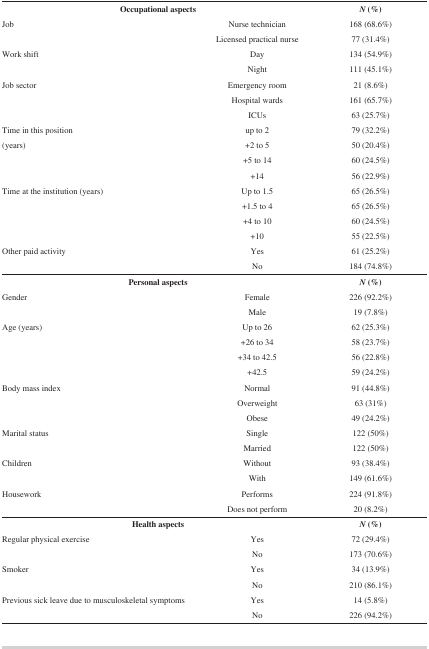
<table><thead><tr><td colspan="2"><b> Occupational aspects</b></td><td><b><i>N</i><i></i>(%)</b></td></tr></thead><tbody><tr><td> Job </td><td>Nurse technician</td><td>168 (68.6%)</td></tr><tr><td></td><td>Licensed practical nurse</td><td>77 (31.4%)</td></tr><tr><td> Work shift</td><td>Day</td><td>134 (54.9%)</td></tr><tr><td></td><td>Night</td><td>111 (45.1%)</td></tr><tr><td> Job sector</td><td>Emergency room</td><td>21 (8.6%)</td></tr><tr><td></td><td>Hospital wards</td><td>161 (65.7%)</td></tr><tr><td></td><td>ICUs</td><td>63 (25.7%)</td></tr><tr><td> Time in this position</td><td>up to 2 </td><td>79 (32.2%) </td></tr><tr><td> (years)</td><td>+2 to 5 </td><td>50 (20.4%)</td></tr><tr><td></td><td>+5 to 14 </td><td>60 (24.5%)</td></tr><tr><td></td><td>+14 </td><td>56 (22.9%)</td></tr><tr><td> Time at the institution(years)</td><td>Up to 1.5 </td><td>65 (26.5%)</td></tr><tr><td></td><td>+1.5 to 4 </td><td>65 (26.5%)</td></tr><tr><td></td><td>+4 to 10 </td><td>60 (24.5%)</td></tr><tr><td></td><td>+10 </td><td>55 (22.5%)</td></tr><tr><td> Other paid activity</td><td>Yes</td><td>61 (25.2%)</td></tr><tr><td></td><td>No</td><td>184 (74.8%)</td></tr><tr><td colspan="2"><b>Personal aspects</b></td><td><i><b>N</b></i><i></i><b>(%)</b></td></tr><tr><td> Gender</td><td>Female</td><td>226 (92.2%)</td></tr><tr><td></td><td>Male</td><td>19 (7.8%)</td></tr><tr><td> Age (years)</td><td>Up to 26 </td><td>62 (25.3%)</td></tr><tr><td></td><td>+26 to 34</td><td>58 (23.7%)</td></tr><tr><td></td><td>+34 to 42.5</td><td>56 (22.8%)</td></tr><tr><td></td><td>+42.5</td><td>59 (24.2%)</td></tr><tr><td> Body mass index</td><td>Normal</td><td>91 (44.8%)</td></tr><tr><td></td><td>Overweight</td><td>63 (31%)</td></tr><tr><td></td><td>Obese </td><td>49 (24.2%)</td></tr><tr><td> Marital status</td><td>Single</td><td>122 (50%)</td></tr><tr><td></td><td>Married</td><td>122 (50%)</td></tr><tr><td> Children</td><td>Without</td><td>93 (38.4%)</td></tr><tr><td></td><td>With </td><td>149 (61.6%)</td></tr><tr><td> Housework</td><td>Performs</td><td>224 (91.8%)</td></tr><tr><td></td><td>Does not perform</td><td>20 (8.2%)</td></tr><tr><td colspan="2"><b>Health aspects</b></td><td><i><b>N</b></i><i></i><b>(%)</b></td></tr><tr><td> Regular physical exercise</td><td>Yes</td><td>72 (29.4%)</td></tr><tr><td></td><td>No</td><td>173 (70.6%)</td></tr><tr><td> Smoker</td><td>Yes</td><td>34 (13.9%)</td></tr><tr><td></td><td>No</td><td>210 (86.1%)</td></tr><tr><td> Previous sick leave due tomusculoskeletal symptoms</td><td>Yes</td><td>14 (5.8%)</td></tr><tr><td></td><td>No</td><td>226 (94.2%)</td></tr></tbody></table>